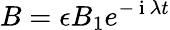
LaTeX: B=\epsilon B_{1}e^{-\mathrm{~i~}\lambda t}